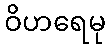
ဝိဟရေမု